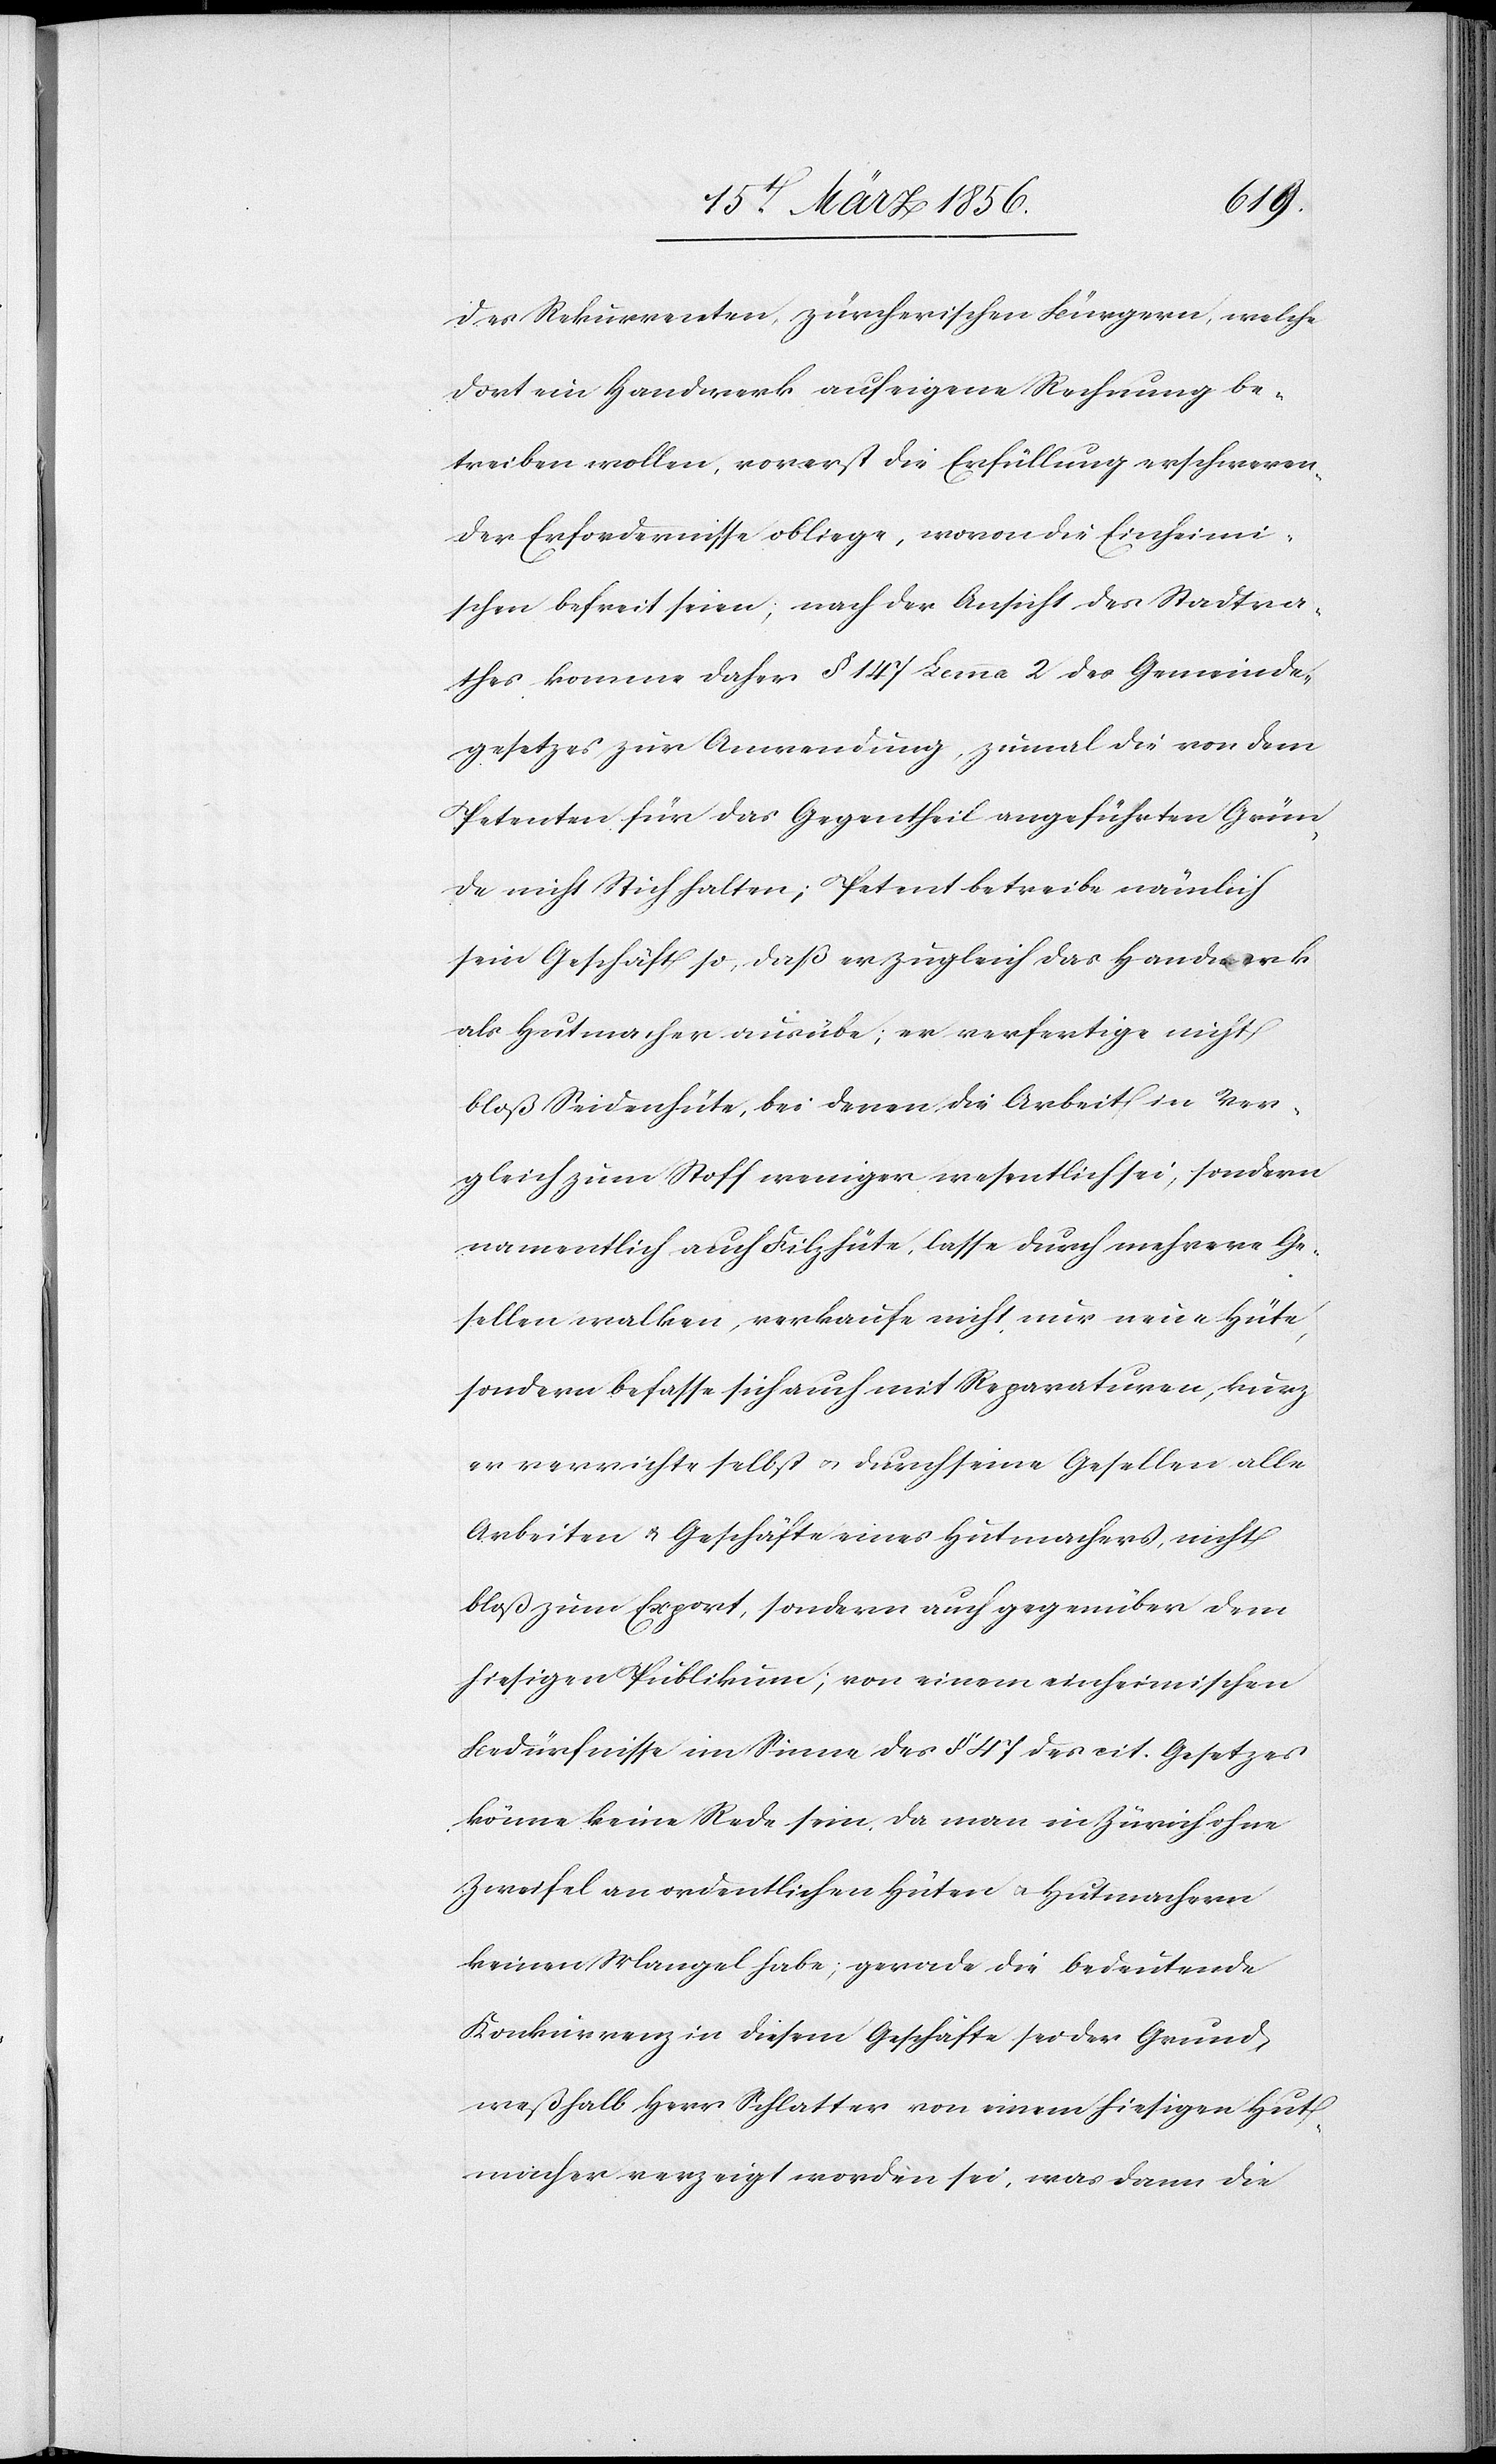
des Rekurrenten zürcherischen Bürgern, welche
dort ein Handwerk auf eigene Rechnung be¬
treiben wollen, vorerst die Erfüllung erschweren¬
der Erfordernisse obliege, wovon die Einheimi¬
schen befreit seien; nach der Ansicht des Stadtra¬
thes komme daher § 147 Lemma 2 des Gemeinde¬
gesetzes zur Anwendung zumal die von dem
Petenten für das Gegentheil angeführten Grün¬
de nicht Stich halten; Petent betreibe nämlich
sein Geschäft so, daß er zugleich das Handwerk
als Hutmacher ausübe, er verfertige nicht
bloß Seidenhüte, bei denen die Arbeit in Ver¬
gleich zum Stoff weniger wesentlich sei, sondern
namentlich auch Filzhüte, lasse durch mehrere Ge¬
sellen walken, verkaufe nicht nur neue Hüte,
sondern befasse sich auch mit Reparaturen, kurz
er verrichte selbst u. durch seine Gesellen alle
Arbeiten u. Geschäfte eines Hutmachers, nicht
bloß zum Export, sondern auch gegenüber dem
hiesigen Publikum; von einem einheimischen
Bedürfnisse im Sinne des § 47 [recte: § 147] des cit. Gesetzes
könne keine Rede sein, da man in Zürich ohne
Zweifel an ordentlichen Hüten u. Hutmachern
keinen Mangel habe; gerade die bedeutende
Konkurrenz in diesem Geschäfte sei der Grund,
weßhalb Herr Schlatter von einem hiesigen Hut¬
macher verzeigt worden sei, was dann die